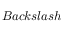
B a c k s l a s h \,